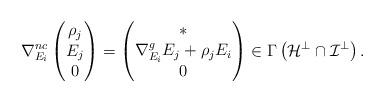
LaTeX: \begin{align*}\nabla_{E_i}^{nc} \begin{pmatrix} \rho_j \\ E_j \\ 0 \end{pmatrix} = \begin{pmatrix} * \\ \nabla^g_{E_i}E_j +\rho_j E_i \\ 0 \end{pmatrix} \in \Gamma \left(\mathcal{H}^{\bot} \cap \mathcal{I}^{\bot}\right).\end{align*}